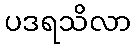
ပဒရသိလာ